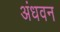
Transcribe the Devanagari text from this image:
अंधवन